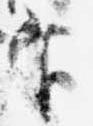
官